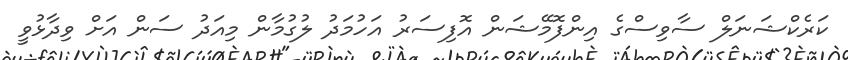
ކަރެކްޝަނަލް ސާވިސްގެ އިންފޮމޭޝަން އޮފިސަރު އަހުމަދު ލުގުމާން މިއަދު ސަން އަށް ވިދާޅުވީ